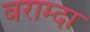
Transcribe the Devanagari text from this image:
बराम्दा